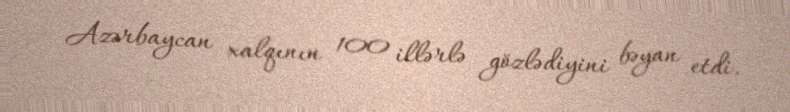
Azərbaycan xalqının 100 illərlə gözlədiyini bəyan etdi.